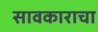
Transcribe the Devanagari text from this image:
सावकाराचा